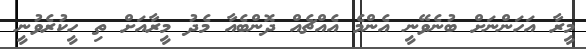
މީރާ އަހަންނަށް ބުނެވޭނީ އެންމެ އެއްޗެއް ދޮންބެއާ މެދު މީރާއަށް ތި ހީކުރެވުނީ